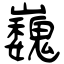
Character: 巍